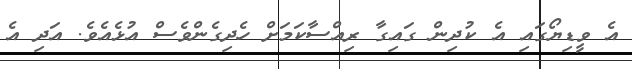
އެ ވީޑިޔޯގައި އެ ކުދިން ގައިގާ ރިއްސާކަމަށް ހެދިގެންވެސް އުޅެއެވެ. އަދި އެ